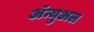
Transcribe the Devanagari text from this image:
ॲन्युअल